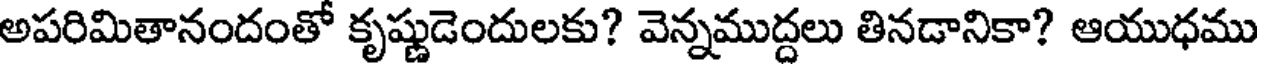
అపరిమితానందంతో కృష్ణుడెందులకు? వెన్నముద్దలు తినడానికా? ఆయుధము